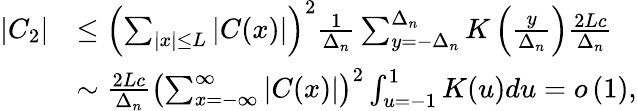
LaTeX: \begin{array}{rl}{|C_{2}|}&{\le\left(\sum_{|x|\le L}|C(x)|\right)^{2}\frac{1}{\Delta_{n}}\sum_{y=-\Delta_{n}}^{\Delta_{n}}K\left(\frac{y}{\Delta_{n}}\right)\frac{2Lc}{\Delta_{n}}}\\ &{\sim\frac{2Lc}{\Delta_{n}}\left(\sum_{x=-\infty}^{\infty}|C(x)|\right)^{2}\int_{u=-1}^{1}K(u)du=o\left(1\right),}\end{array}